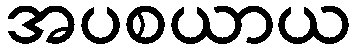
အပစယာယ